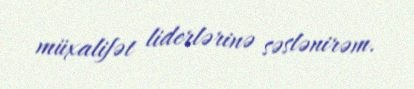
müxalifət liderlərinə səslənirəm.